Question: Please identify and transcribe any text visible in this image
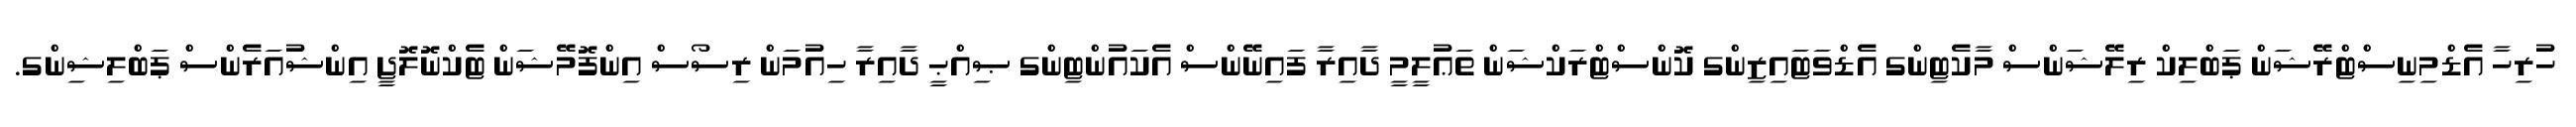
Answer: ހުރިހާ އެޑްމިނިސްޓްރޭޝަން ޕަބްލިކް ރިލޭޝަންސް މާކެޓިންގ އެޑްވަޓައިޒިންގ ކޮންސްޓްރަކްޝަން ތަޢުލީމީ ދާއިރާ ފައިނޭންސް އެކައުންޓިންގ ޞިއްޙީ ދާއިރާ ހިއުމަން ރިސޯސް އިންފޮމޭޝަން ޓެކްނޮލޮޖީ އިންޝުއަރެންސް ޕަބްލިޝިންގ.